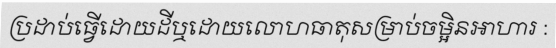
ប្រដាប់ធ្វើដោយដីឬដោយលោហធាតុសម្រាប់ចម្អិនអាហារ :